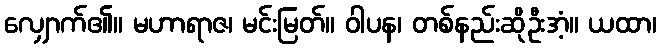
လျှောက်၏။ မဟာရာဇ၊ မင်းမြတ်။ ဝါပန၊ တစ်နည်းဆိုဦးအံ့။ ယထာ၊